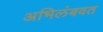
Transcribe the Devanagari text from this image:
अभिलंबवत